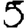
Digit: 5